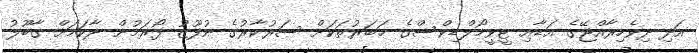
އަދި ދިވެހިރާއްޖޭގެ އަޑާއި ޓީވީމޯލްޑިވްސްގެ ޚަބަރުތަކަށް ސަރުކާރުގެ ނުފޫޒު ފޯރަމުން ދާކަމަށް ގާބޫލު